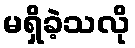
မရှိခဲ့သလို